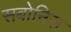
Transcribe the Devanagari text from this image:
सबोनिस